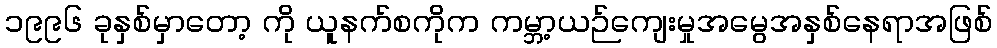
၁၉၉၆ ခုနှစ်မှာတော့ ကို ယူနက်စကိုက ကမ္ဘာ့ယဉ်ကျေးမှုအမွေအနှစ်နေရာအဖြစ်